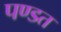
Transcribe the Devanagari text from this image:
पण्डत